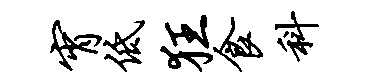
宵低狂食科